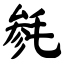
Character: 毵